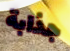
جذابة